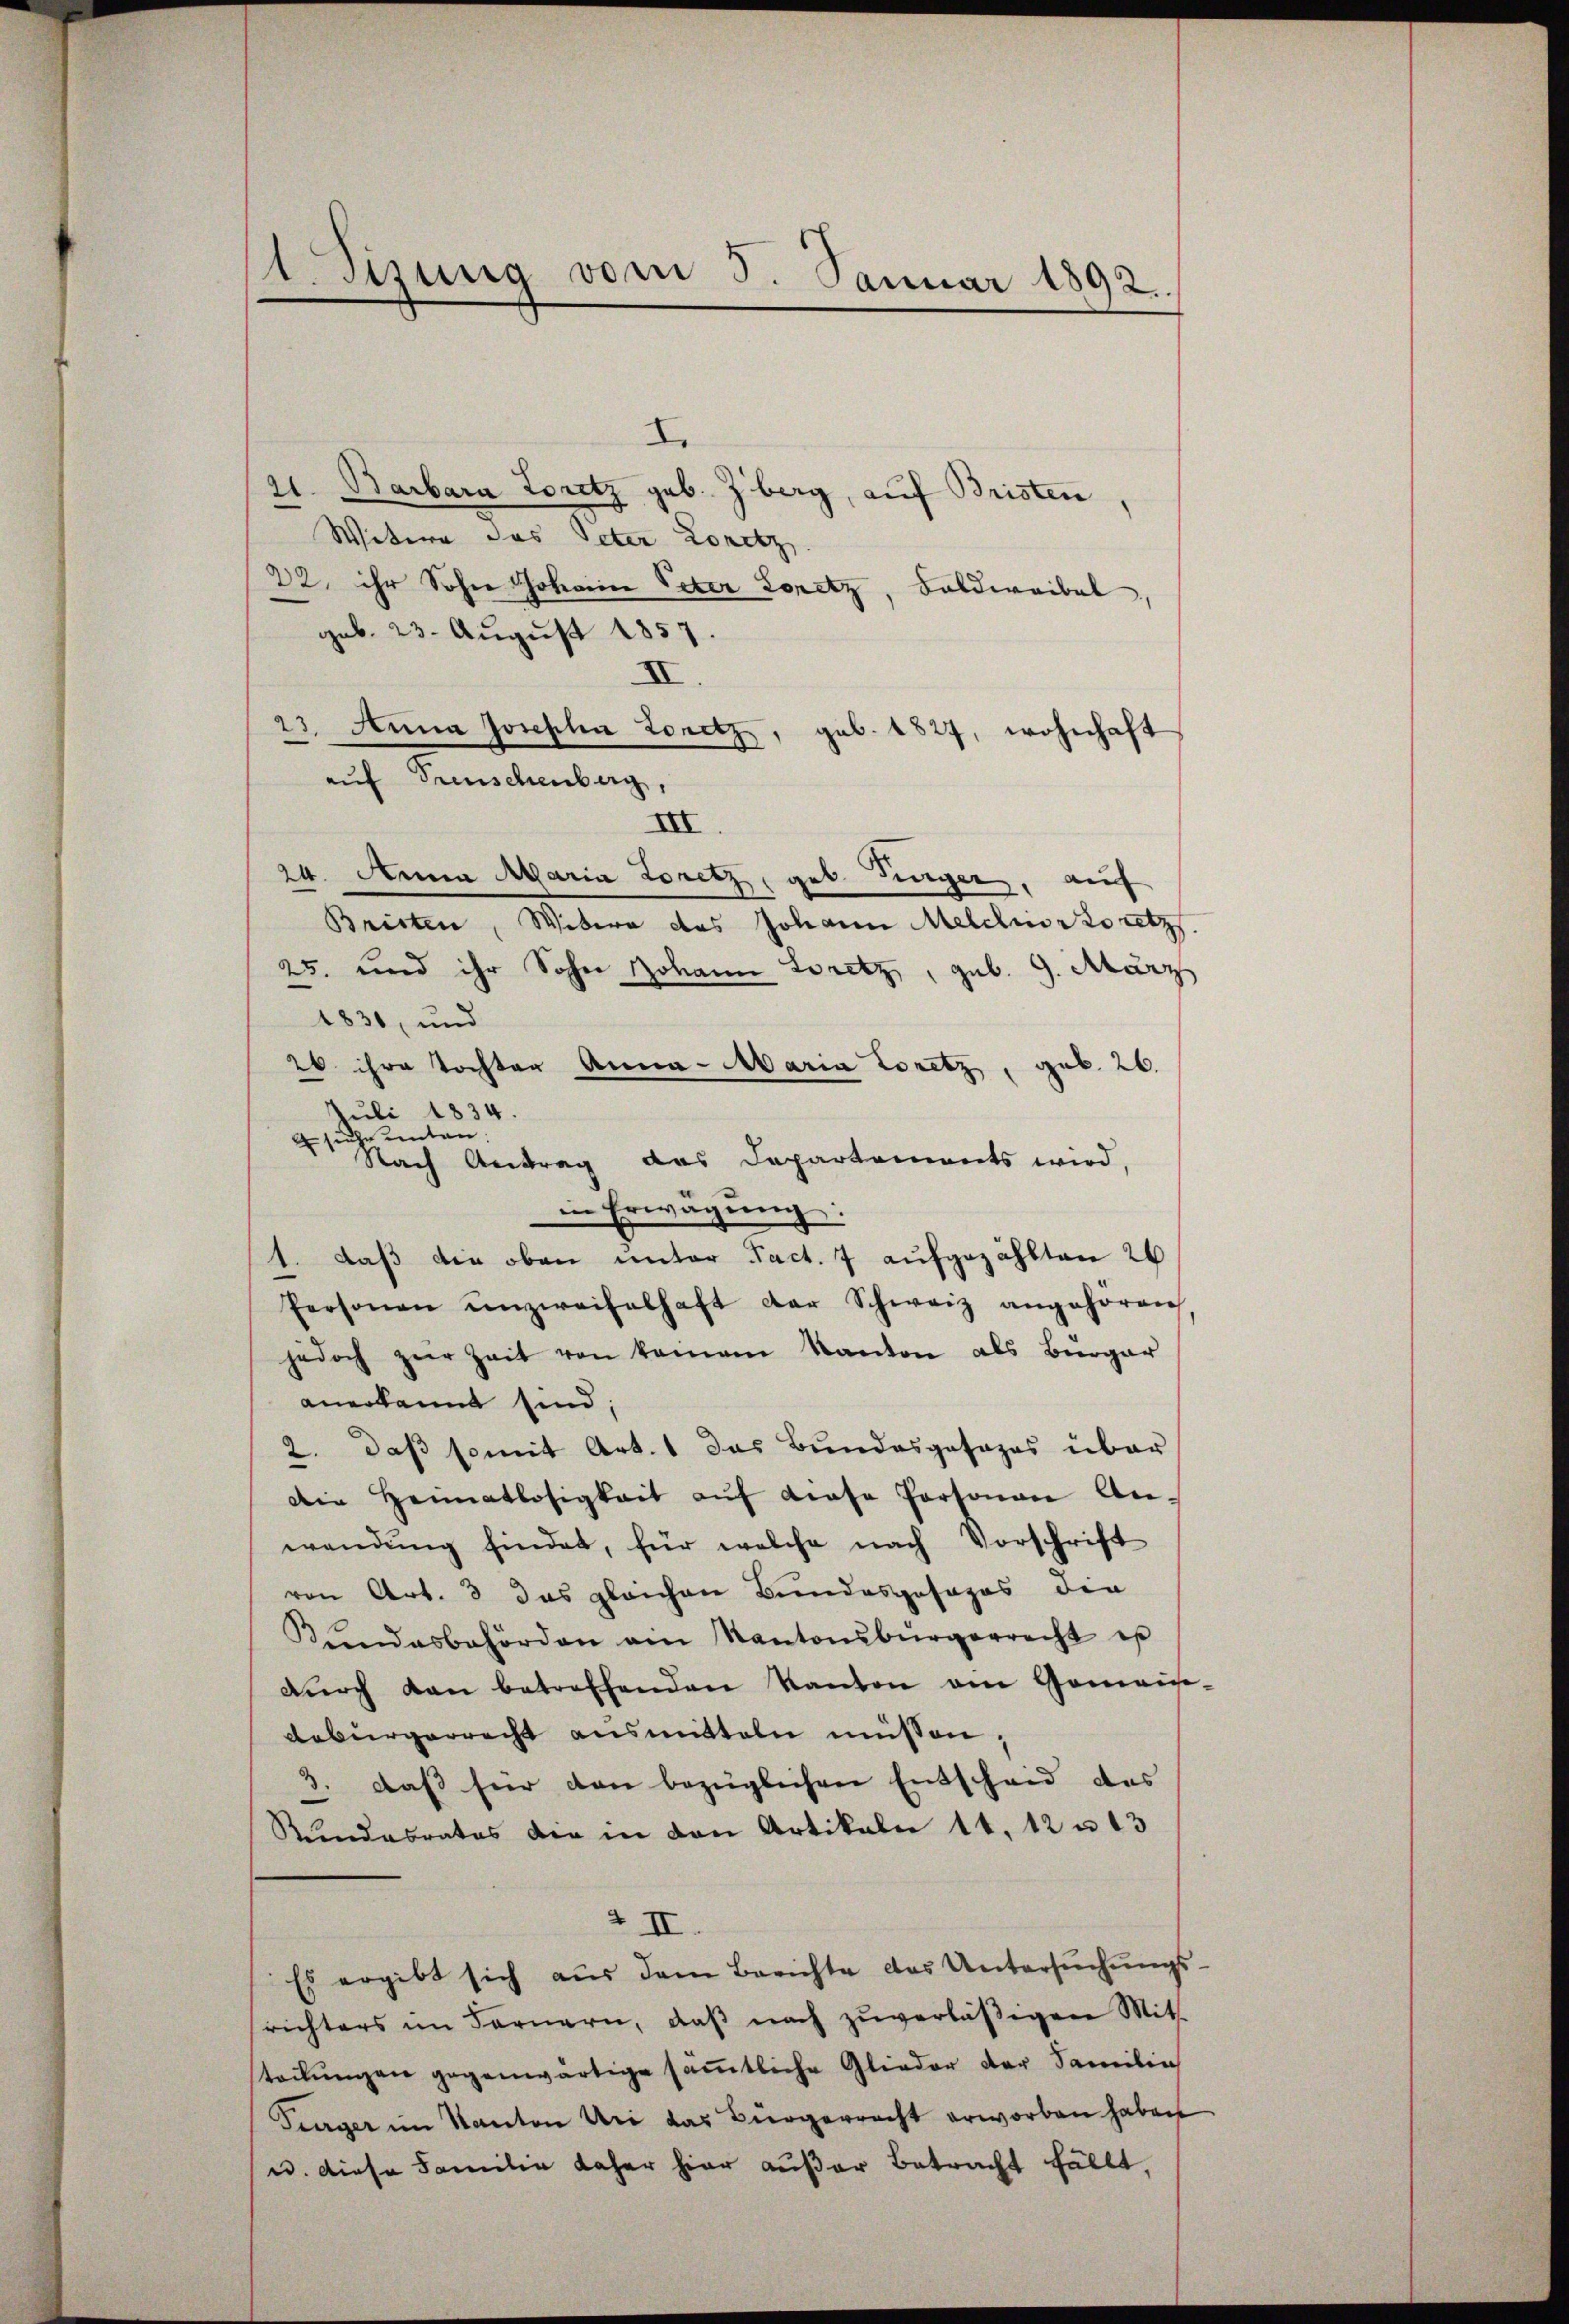
.Stzung vom 5. Januar 1892.

1
21. Barbara Loretz geb. Z berg, auf Bristen,
Witere das Peter Loretz
22. ihr Sohn Johann Peter Loretz, Feldweibel,
gub. 23. August 1857.
II.
23. Anna Josephia Loretz
 geb. 1827, wohnhaft
auf Freuschenberg,
III
24. Anna Maria Loretz, geb. Jünger, auf
Bristen, Witwe das Johann Meldlin voretzs
25. und ihr Sohn Johann Loretz, geb. 9. März
1830, und
26 ihre Tochter Anna - Maria Loretz, geb. 26.
Juli 1834.
suche unten.
d
Nach Antrag das Departements wird,
in Erwägung:
1. daß die oben unter Fact. 7 aufgezählten 26
Personen unzweifelhaft der Schweiz angehören
jedoch zŭr Zeit von keinem Kanton als Bürger
anerkannt sind;
2. daß somit Art. 1 das Bundesgesages über
Die Heimatlosigkeit aŭf diese Personen An-
wendŭng findet, für welche nach Vorschrift
von Art. 3 das gleichen Bundesposages die
Kundesbehörden am Kantonsbürgerrecht es
dŭrch dan betreffenden Kanton am Gomaine-
gebürgerrecht ausmitteln müssen,
3. daβ hier den bezüglichen Entscheid des
Rundesrates die in den Artikale 11. 12 u. 13
2 II.
Es ergibt sich aŭs dem Berichte das Untersŭchŭngs-
richters im Fernern, daβ nach zŭverläβigen Mit
teckŭngen gegenwärtige samtliche Glieder der Familie
Turger im Kanton Uri das Bürgerrecht erworben haben
u. diese Familie daher hier außer Betracht fällt,